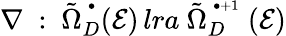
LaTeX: \nabla\ :\ \tilde{\Omega}_{D}^{\, ^{\bullet}}({\mathcal E})\, lra\ \tilde{\Omega}_{D}^{\, ^{\bullet+1}}\ ({\mathcal E})